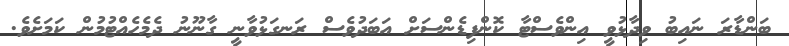
ބަންޑާރަ ނައިބު ވިދާޅުވީ އިންވެސްޓާ ކޮންފިޑެންސަށް އަބަދުވެސް ރަނގަޅުވާނީ ގާނޫނު ދެމެހެއްޓުމުން ކަމަށެވެ.